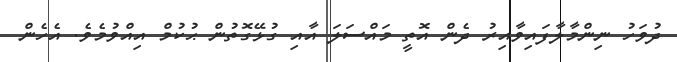
ދުވަހު ނިންމާލާފައިވާއިރު ދެން އޮތީ މައްސަލަ އާއި ގުޅޭގޮތުން ޙުކުމް އިއްވުމެވެ. އެހެން